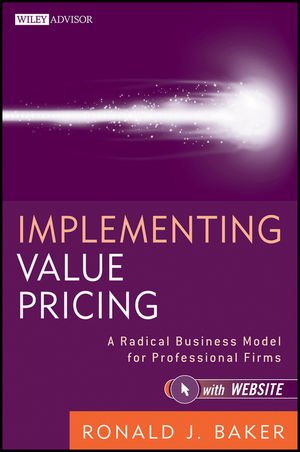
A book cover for Implementing Value Pricing: A Radical Business Model for Professional Firms; Ronald J. Baker; Business & Money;